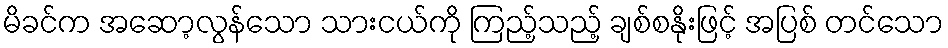
မိခင်က အဆော့လွန်သော သားငယ်ကို ကြည့်သည့် ချစ်စနိုးဖြင့် အပြစ် တင်သော